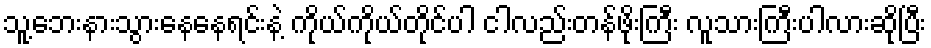
သူ့ဘေးနားသွားနေနေရင်းနဲ့ ကိုယ်ကိုယ်တိုင်ပါ ငါလည်းတန်ဖိုးကြီး လူသားကြီးပါလားဆိုပြီး